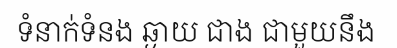
ទំនាក់ទំនង ឆ្ងាយ ជាង ជាមួយនឹង